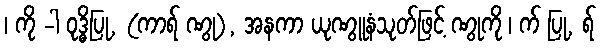
၊ ကို -ါ ဝုဒ္ဓိပြု, (ကာရ် ဏွု), အနကာ ယုဏွူနံသုတ်ဖြင့် ဏွုကို ၊ က် ပြု, ရ်